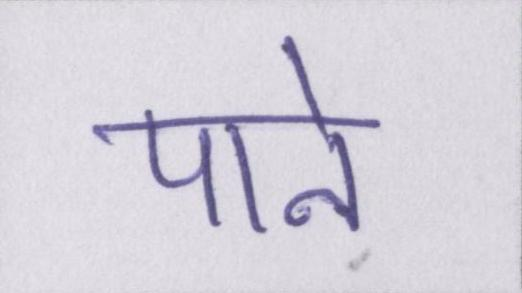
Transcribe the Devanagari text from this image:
पाने